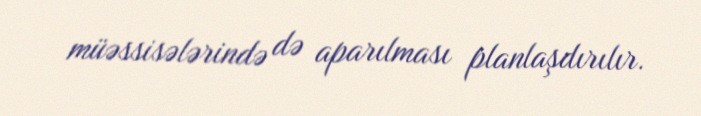
müəssisələrində də aparılması planlaşdırılır.